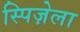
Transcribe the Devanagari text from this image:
स्पिज़ेला